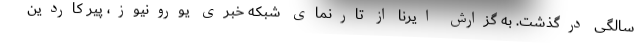
سالگی درگذشت. به گزارش ایرنا از تارنمای شبکه خبری یورونیوز، پیر کاردین